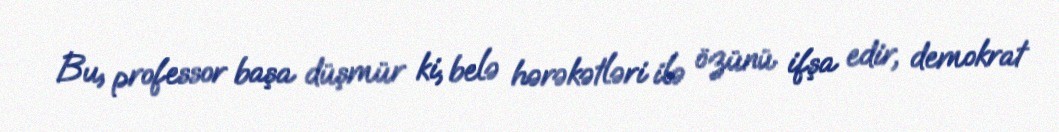
Bu, professor başa düşmür ki, belə hərəkətləri ilə özünü ifşa edir, demokrat